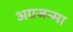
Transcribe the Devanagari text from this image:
अग्रजन्मा